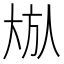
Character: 𪥏